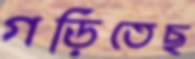
গড়িতেছ